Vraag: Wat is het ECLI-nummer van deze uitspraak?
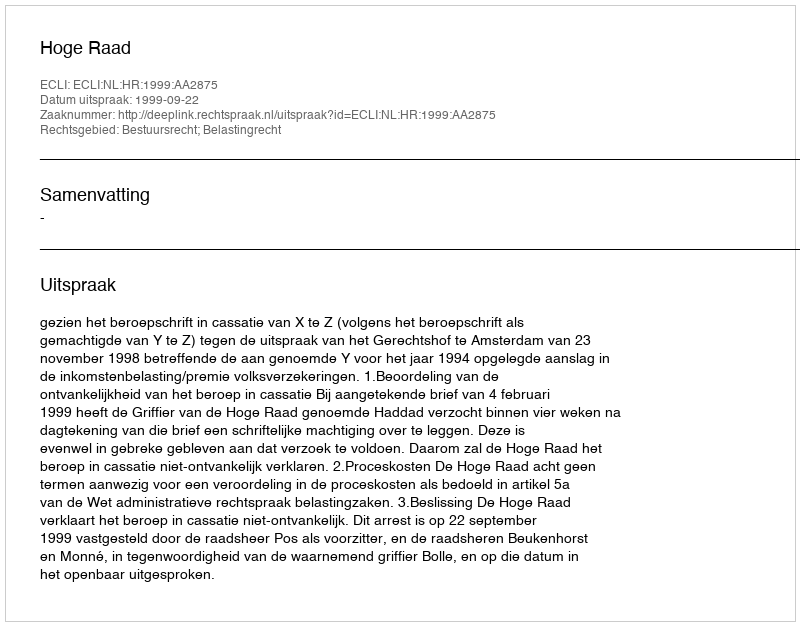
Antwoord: ECLI:NL:HR:1999:AA2875